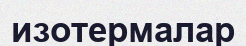
изотермалар